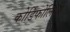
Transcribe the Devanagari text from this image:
कोर्डिफोलिआ